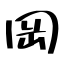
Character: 岡